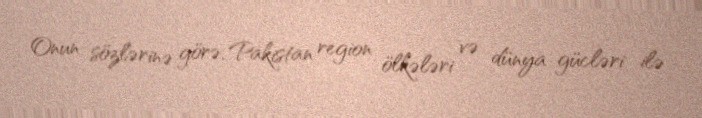
Onun sözlərinə görə, Pakistan region ölkələri və dünya gücləri ilə